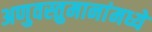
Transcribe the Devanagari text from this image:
अणुवस्तुमानांमध्ये